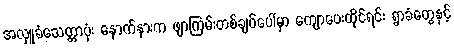
အလှူခံသေတ္တာပုံး နောက်နားက ဖျာကြမ်းတစ်ချပ်ပေါ်မှာ ကျောပေးထိုင်ရင်း ရွာခံတွေနှင့်